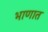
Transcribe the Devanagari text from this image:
भाणात